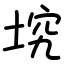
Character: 㙀